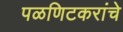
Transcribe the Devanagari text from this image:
पळणिटकरांचे